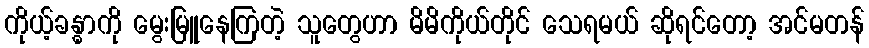
ကိုယ့်ခန္ဓာကို မွေးမြူနေကြတဲ့ သူတွေဟာ မိမိကိုယ်တိုင် သေရမယ် ဆိုရင်တော့ အင်မတန်